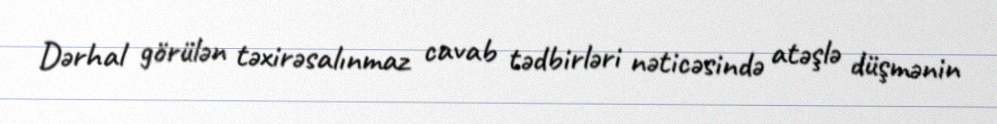
Dərhal görülən təxirəsalınmaz cavab tədbirləri nəticəsində atəşlə düşmənin